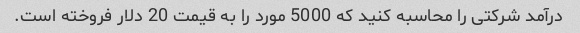
درآمد شرکتی را محاسبه کنید که 5000 مورد را به قیمت 20 دلار فروخته است.